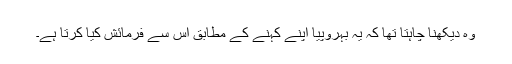
وہ دیکھنا چاہتا تھا کہ یہ بہروپیا اپنے کہنے کے مطابق اس سے فرمائش کیا کرتا ہے۔